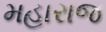
મહારાજ